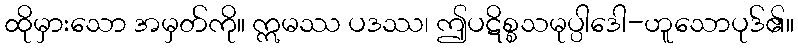
ထိုမှားသော အမှတ်ကို။ ဣမဿ ပဒဿ၊ ဤပဋိစ္စသမုပ္ပါဒေါ-ဟူသောပုဒ်၏။